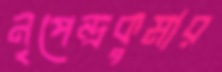
নৃপেন্দ্রকুমার